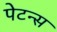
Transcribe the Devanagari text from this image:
पेटन्स